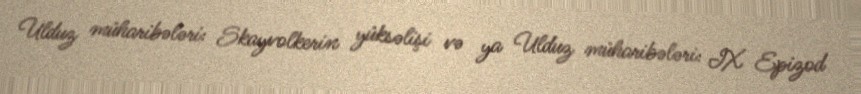
Ulduz müharibələri: Skayvolkerin yüksəlişi və ya Ulduz müharibələri: IX Epizod